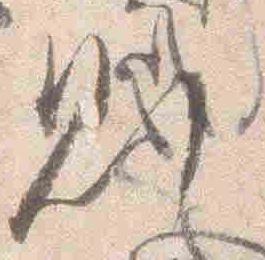
則